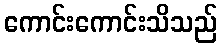
ကောင်းကောင်းသိသည်